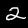
Label: 2